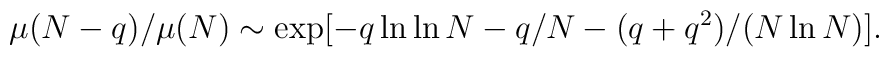
\mu (N-q)/\mu (N)\sim\exp [-q\ln\ln N          -q/N-(q+q^2 )/(N\ln N)].